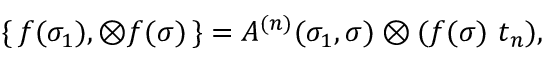
\{ \, f ( \sigma _ { 1 } ) , \otimes f ( \sigma ) \, \} = A ^ { ( n ) } ( \sigma _ { 1 } , \sigma ) \otimes ( f ( \sigma ) \, \, t _ { n } ) ,